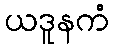
ယဒူနကံ